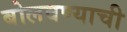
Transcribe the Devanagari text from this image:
बोलवण्याची